Indian Civil Veterinary Department memoirs
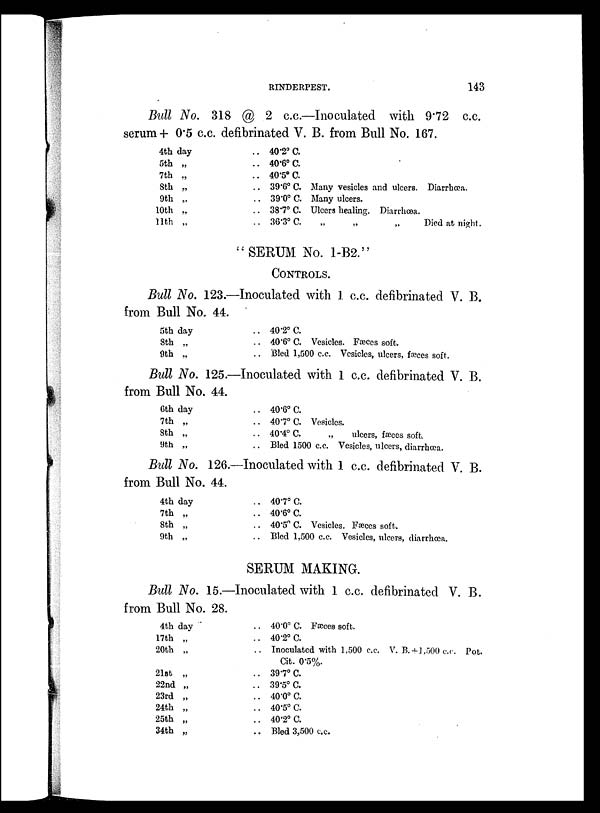
RINDERPEST.
143
Bull No. 318 @ 2 c.c.—Inoculated with 9.72 c.c.
serum + 0.5 c.c. defibrinated V. B. from Bull No. 167.
4th day
5th „
7th „
8th „
9th „
10th „
11th „
.. 40.2º C.
.. 40.6º C.
.. 40.5º C.
.. 39.6º C. Many vesicles and ulcers. Diarrhœa.
.. 39.0º C. Many ulcers.
.. 38.7º C. Ulcers healing. Diarrhœa.
.. 36.3º C.
„
„
„
Died at night.
"SERUM No. 1-B2."
CONTROLS.
Bull No. 123.—Inoculated with 1 c.c. defibrinated V. B.
from Bull No. 44.
5th day
8th „
9th „
.. 40.2º C.
.. 40.6º C. Vesicles. Fæces soft.
.. Bled 1,500 c.c. Vesicles, ulcers, faeces soft.
Bull No. 125.—Inoculated with 1 c.c. defibrinated V. B.
from Bull No. 44.
6th day
7th „
8th „
9th „
.. 40.6º C.
.. 40.7º C. Vesicles.
.. 40.4º C.
„
ulcers, faeces soft.
.. Bled 1500 c.c. Vesicles, ulcers, diarrhoea.
Bull No. 126.—Inoculated with 1 c.c. defibrinated V. B.
from Bull No. 44.
4th day
7th „
8th „
9th „
.. 40.7º C.
.. 40.6º C.
.. 40.5º C. Vesicles. Fæces soft.
.. Bled 1,500 c.c. Vesicles, ulcers, diarrhoea.
SERUM MAKING.
Bull No. 15.—Inoculated with 1 c.c. defibrinated V. B.
from Bull No. 28.
4th day
17th „
20th „
21st „
22nd „
23rd „
24th „
25th „
34th „
.. 40.0º C. Fæces soft.
.. 40.2º C.
.. Inoculated with 1,500 c.c. V. B.+1,500 c.c. Pot.
Cit. 0.5%.
.. 39.7º C.
.. 39.5º C.
.. 40.0º C.
.. 40.5º C.
.. 40.2º C.
.. Bled 3,500 c.c.